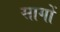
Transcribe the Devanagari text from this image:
सागों